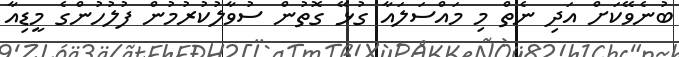
ބުނެވޭކަށް އަދި ނެތް މި މައްސަލައާ ގުޅޭ ގޮތުން ސުވާލުކުރުމުން ފުލުހުންގެ މީޑިއާ